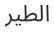
الطير